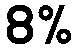
8%